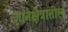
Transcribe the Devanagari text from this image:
ज्ञानक्षेत्रातील